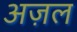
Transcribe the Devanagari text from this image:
अज़ल